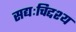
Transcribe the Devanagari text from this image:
सद्यःचिद्दश्य